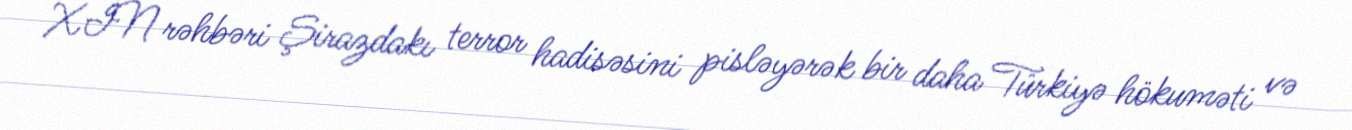
XİN rəhbəri Şirazdakı terror hadisəsini pisləyərək bir daha Türkiyə hökuməti və